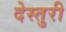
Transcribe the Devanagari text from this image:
देस्तुरी